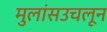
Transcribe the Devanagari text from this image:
मुलांसउचलून